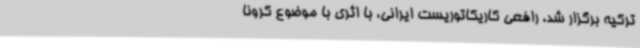
ترکیه برگزار شد، رافعی کاریکاتوریست ایرانی، با اثری با موضوع کرونا